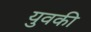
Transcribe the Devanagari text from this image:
युवकी